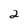
Character: 2